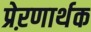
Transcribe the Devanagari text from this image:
प्रेऱणार्थक